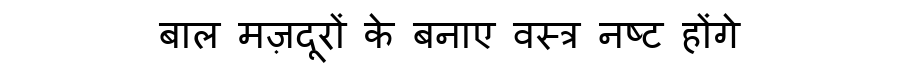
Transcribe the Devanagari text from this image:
बाल मज़दूरों के बनाए वस्त्र नष्ट होंगे